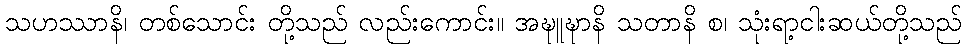
သဟဿာနိ၊ တစ်သောင်း တို့သည် လည်းကောင်း။ အဍ္ဎူဍ္ဎာနိ သတာနိ စ၊ သုံးရာ့ငါးဆယ်တို့သည်